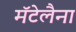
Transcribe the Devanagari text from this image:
मॅटेलैना